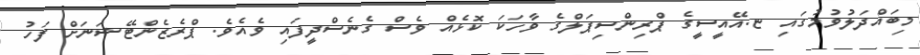
މިބައްދަލުވުމުގަައި ޏ.އޭއީސީގެ ޕްރިންސިޕަލްގެ ވާހަކަ ކޮޅެއް ވެސް ގެނެސްދީފައި ވެއެވެ. ޕްރެޒެންޓޭޝަނަށް ފަހު